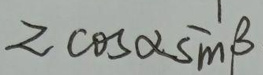
$z\cos\alpha\sin\beta$